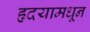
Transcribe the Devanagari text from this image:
हृदयामधून